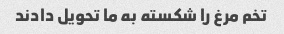
تخم مرغ را شکسته به ما تحویل دادند